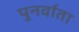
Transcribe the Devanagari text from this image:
पुनर्वाता